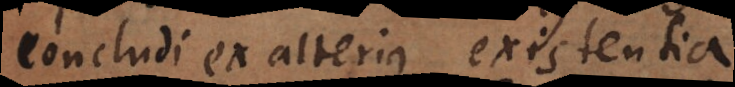
concludi ex alterius existentia.